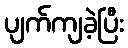
ပျက်ကျခဲ့ပြီး